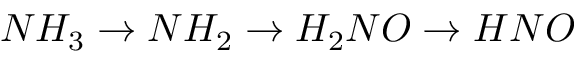
N H _ { 3 } \rightarrow N H _ { 2 } \rightarrow H _ { 2 } N O \rightarrow H N O